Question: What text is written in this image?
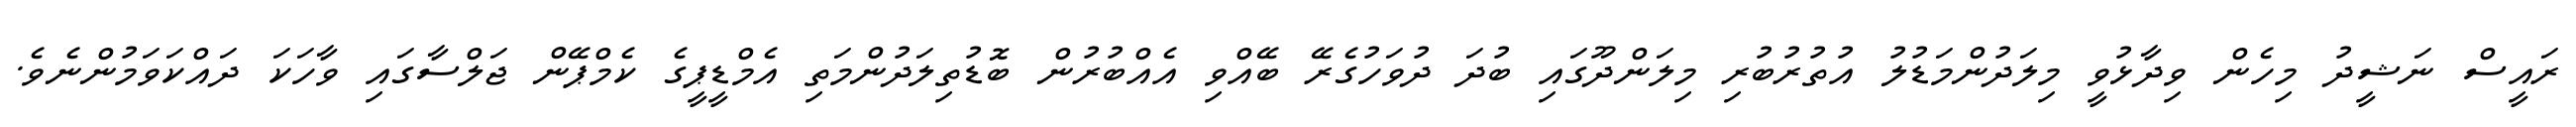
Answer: ރައީސް ނަޝީދު މިހެން ވިދާޅުވީ މިލަދުންމަޑުލު އުތުރުބުރި މިލަންދޫގައި ބުދަ ދުވަހުގެރޭ ބޭއްވި އެއްބުރުން ބޮޑުތިލަދުންމަތި އެމްޑީޕީގެ ކެމްޕޭން ޖަލްސާގައި ވާހަކަ ދައްކަވަމުންނެވެ.